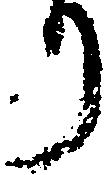
り